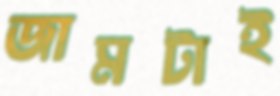
জামটাই